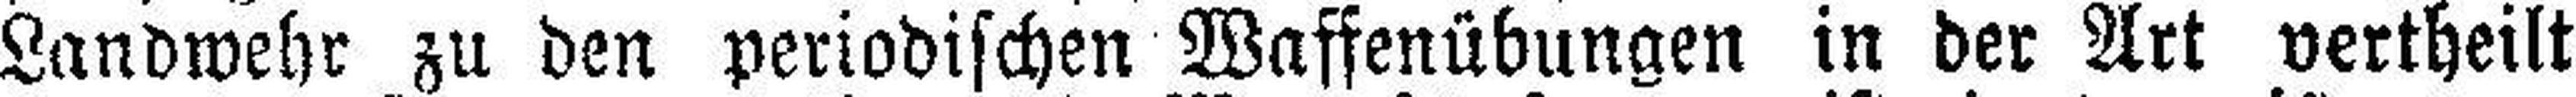
Landwehr zu den periodischen Waffenübungen in der Art vertheilt